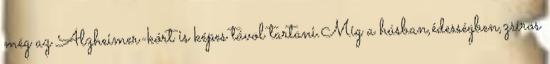
még az Alzheimer-kórt is képes távol tartani.Míg a húsban,édességben,zsíros